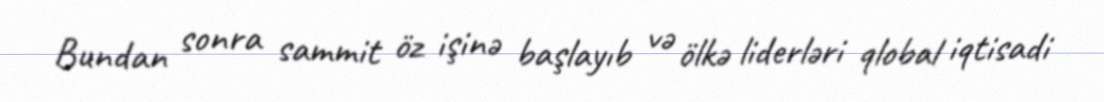
Bundan sonra sammit öz işinə başlayıb və ölkə liderləri qlobal iqtisadi